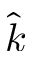
\hat { k }